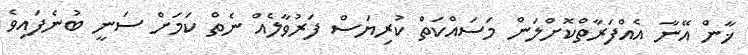
ޚާން އޭނާ އެއްފަރާތްކޮށްލަން މަސައްކަތް ކުރިޔަސް ފަރުވާލެއް ނެތް ކަމަށް ސަނީ ބުނެފައިވެ